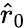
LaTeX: \hat{r}_{0}